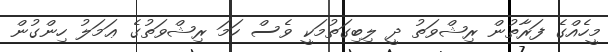
މީހެއްގެ ފަރާތުން ރިޝްވަތު ދީ ލިބިގަތުމަކީ ވެސް ހަމަ ރިޝްވަތުގެ ޢަމަލު ހިންގުން